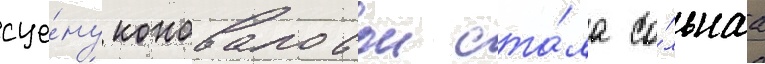
сце́ну коноваловои ста́ла со́льнаа